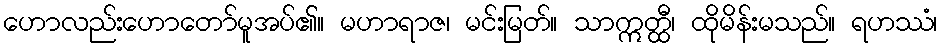
ဟောလည်းဟောတော်မူအပ်၏။ မဟာရာဇ၊ မင်းမြတ်။ သာဣတ္ထီ၊ ထိုမိန်းမသည်။ ရဟဿံ၊